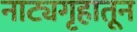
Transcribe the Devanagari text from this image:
नाट्यगृहातून